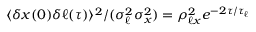
\langle \delta x ( 0 ) \delta \ell ( \tau ) \rangle ^ { 2 } / ( \sigma _ { \ell } ^ { 2 } \sigma _ { x } ^ { 2 } ) = \rho _ { \ell x } ^ { 2 } e ^ { - 2 \tau / \tau _ { \ell } }